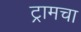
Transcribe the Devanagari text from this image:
ट्रामचा